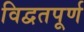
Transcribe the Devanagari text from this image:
विद्वतपूर्ण